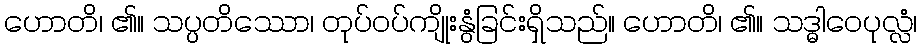
ဟောတိ၊ ၏။ သပ္ပတိဿော၊ တုပ်ဝပ်ကျိုးနွံခြင်းရှိသည်။ ဟောတိ၊ ၏။ သဒ္ဓါဝေပုလ္လံ၊